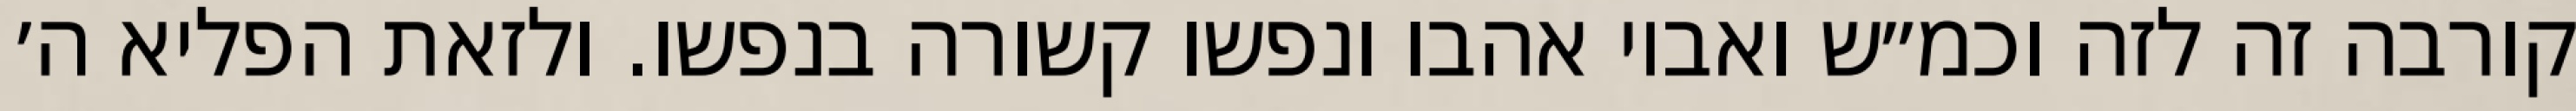
קורבה זה לזה וכמ״ש ואביו אהבו ונפשו קשורה בנפשו. ולזאת הפליא ה׳